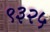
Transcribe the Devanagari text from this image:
९३२५